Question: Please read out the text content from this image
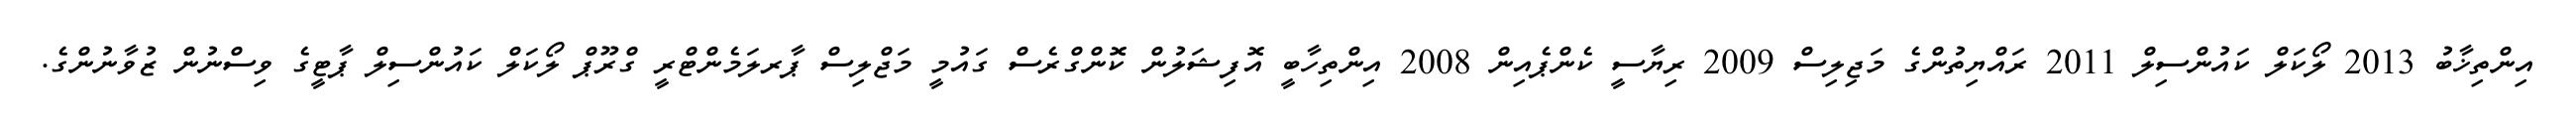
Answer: އިންތިޚާބު 2013 ލޯކަލް ކައުންސިލް 2011 ރައްޔިތުންގެ މަޖިލިސް 2009 ރިޔާސީ ކެންޕެއިން 2008 އިންތިހާބީ އޮފިޝަލުން ކޮންގްރެސް ގައުމީ މަޖްލިސް ޕާރލަމެންޓްރީ ގްރޫޕް ލޯކަލް ކައުންސިލް ޕާޓީގެ ވިސްނުން ޒުވާނުންގެ.